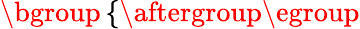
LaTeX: \mathopen{}\mathclose\bgroup\left\{ \begin{array}{rl}\end{array}\aftergroup\egroup\right.